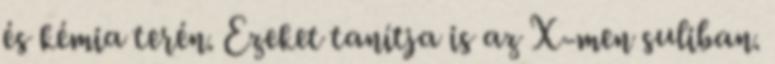
és kémia terén. Ezeket tanítja is az X-men suliban.